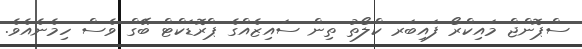
ސްޕޮންޖް މައިކްރޯ ފައިބަރ ކްލޯތު ތިން ސައިޒެއްގެ ޕްރޮޑަކްޓް ބޭގް ވެސް ހިމެނެއެވެ.